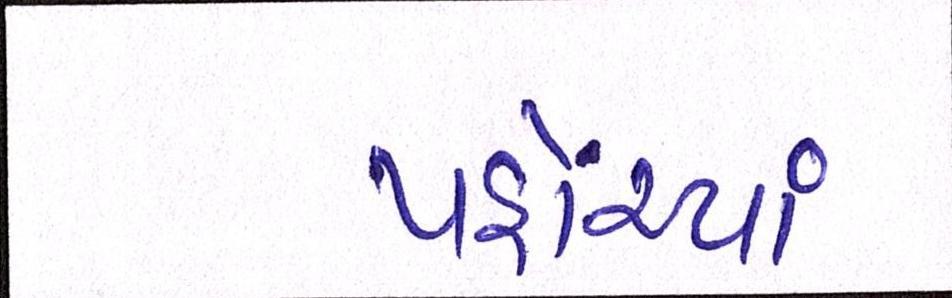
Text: પહોંચ્યાં